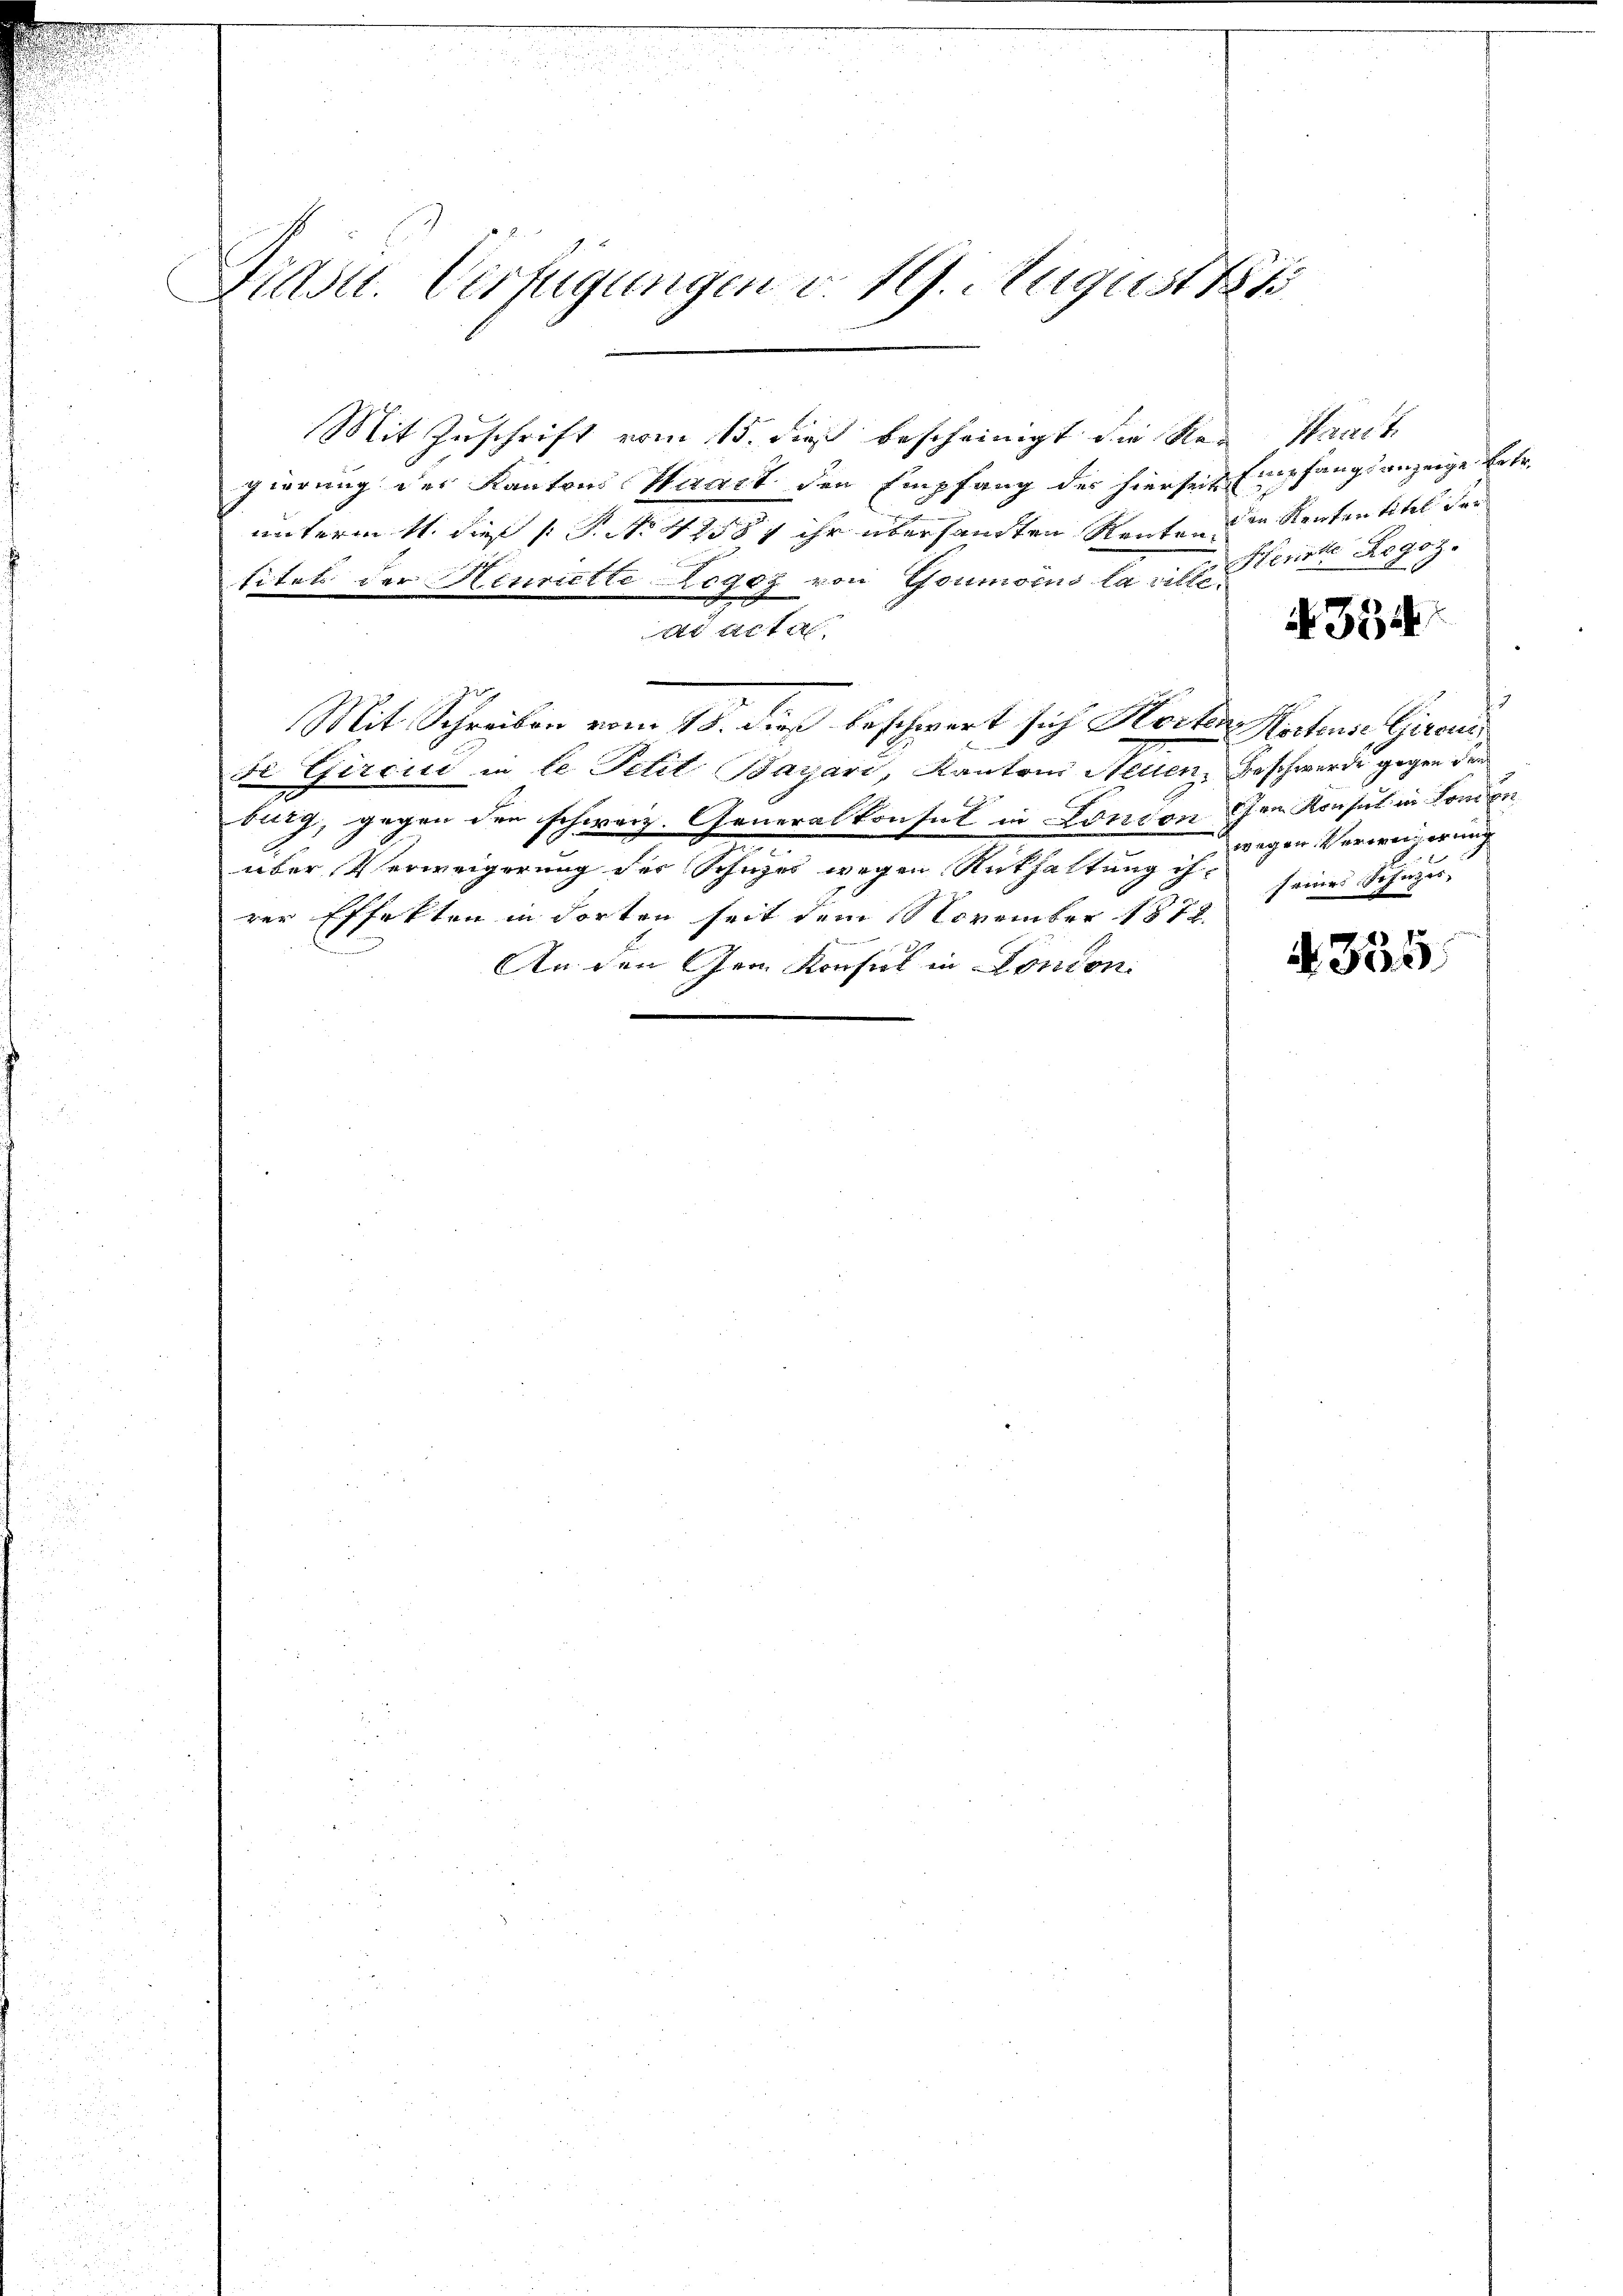
Dinstr. Verfügungen v. 19. August 184

Mit Zuschrift vom 15. dieß bescheinigt die Re-
gierung des Kantons Haart den Empfang des hierseits
unterm 11. dieß P. No 42587 ihr übersandten Rentend in Rententitel der
titel der Heuriette Legoz von Goumoins la ville Neuen Regoz.
ar acta
Mit Schreiben vom 18. dieß beschwert sich Horten Hirtens Gironi
di Gircii in le Petit Bayari, Kantons Neuen, Beschwerde gegen den
burg, gegen den schweiz. Generalkonsul in London dem Konsul in London
über, Verweigerung der Schuzes wegen Rathaltung ihrer Effekten in dorten seit dem November 1872
An den Gem Konsul in London.

Prait.
Empfangsanzeige betr.

N 354

wegen Verweigerung
seines Schuzis- |

355